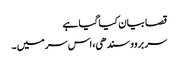
قصا بیان کیا گیا ہے
سر بروو سندھی، اس سر میں ۔